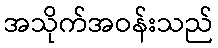
အသိုက်အဝန်းသည်